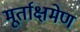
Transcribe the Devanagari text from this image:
मूर्ताक्षमेण